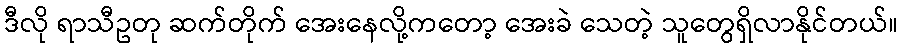
ဒီလို ရာသီဥတု ဆက်တိုက် အေးနေလို့ကတော့ အေးခဲ သေတဲ့ သူတွေရှိလာနိုင်တယ်။